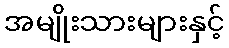
အမျိုးသားများနှင့်